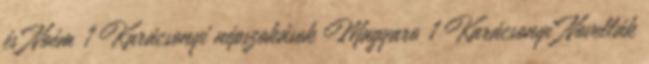
és Noém 1 Karácsonyi népszokások Magyaro 1 Karácsonyi Novellák